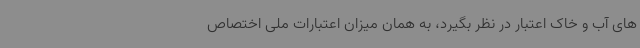
های آب و خاک اعتبار در نظر بگیرد، به همان میزان اعتبارات ملی اختصاص